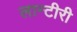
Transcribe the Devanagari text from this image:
लान्टीरी